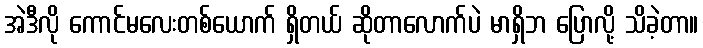
အဲဒီလို ကောင်မလေးတစ်ယောက် ရှိတယ် ဆိုတာလောက်ပဲ မာရှိဘ ပြောလို့ သိခဲ့တာ။